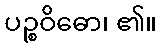
ပဉ္စဝိဓော၊ ၏။